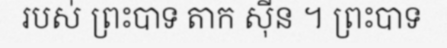
របស់ ព្រះបាទ តាក ស៊ីន ។ ព្រះបាទ